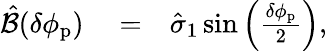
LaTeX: \begin{array}{rlr}{\hat{\mathcal{B}}(\delta\phi_{\mathrm{p}})}&{{}=}&{\hat{\sigma}_{1}\sin\left(\frac{\delta\phi_{\mathrm{p}}}{2}\right),}\end{array}